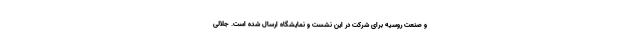
و صنعت روسیه برای شرکت در این نشست و نمایشگاه ارسال شده است. جلالی